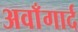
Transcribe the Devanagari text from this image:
अवाँगार्द